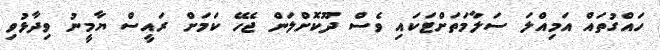
ހައްގުތައް އަމިއްލަ ސަލާމަތަށްޓަކައި ވެސް ދޫކޮށްލަން ޖެހޭ ކަމަށް ރައީސް ޔާމީނު ވިދާޅުވި